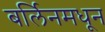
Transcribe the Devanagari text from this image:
बर्लिनमधून